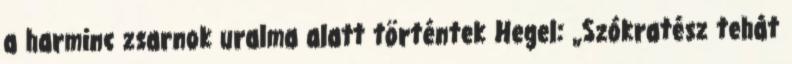
a harminc zsarnok uralma alatt történtek Hegel: „Szókratész tehát